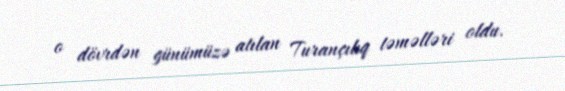
o dövrdən günümüzə atılan Turançılıq təməlləri oldu.